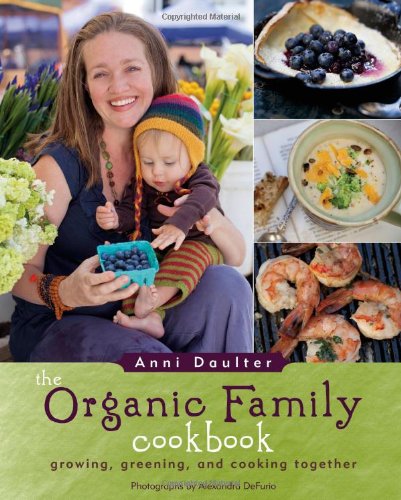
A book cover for The Organic Family Cookbook: growing, greening, and cooking together; Anni Daulter; Cookbooks, Food & Wine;